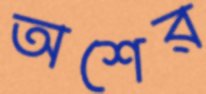
অশের